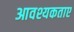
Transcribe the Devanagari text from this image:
आवश्यकताए